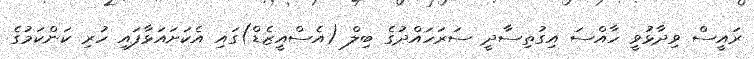
ރައީސް ވިދާޅުވީ ހާއްސަ އިގުތިސާދީ ސަރަހައްދުގެ ބިލް (އެސްއީޒެޑް)ގައި އެކަށައަޅާފައި ހުރި ކަންކަމުގެ